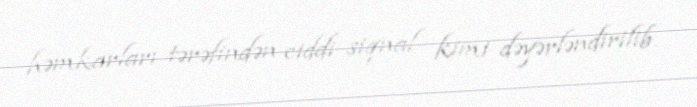
həmkarları tərəfindən ciddi siqnal kimi dəyərləndirilib.